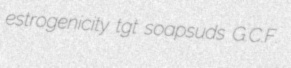
estrogenicity tgt soapsuds G.C.F.